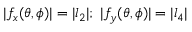
| f _ { x } ( \theta , \phi ) | = | l _ { 2 } | ; \ | f _ { y } ( \theta , \phi ) | = | l _ { 4 } |